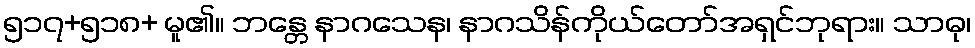
၅၁၇+၅၁၈+ မူ၏။ ဘန္တေ နာဂသေန၊ နာဂသိန်ကိုယ်တော်အရှင်ဘုရား။ သာဓု၊